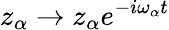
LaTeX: z_{\alpha}\rightarrow z_{\alpha}e^{-i\omega_{\alpha}t}